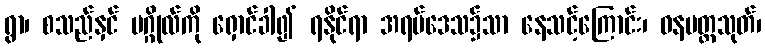
ရွာ၊ စသည်နှင် ပဂ္ဂိုလ်ကို ရှောင်ခါ၍ ရနိုင်ရာ အရပ်ဒေသ၌သာ နေသင့်ကြောင်း၊ ဝနပတ္ထသုတ်၊